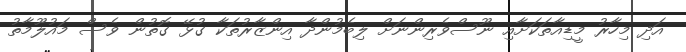
އަދި މިހާރު މީޑިއާތަކަށާއި ނޫސްވެރިންނަށް ލިބެމުންދާ އިންޒާރުތަކާ ގުޅޭ ގޮތުން ވެސް މައުލޫމާތު